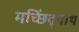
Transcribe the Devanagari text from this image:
मच्छिंद्र्नाथ